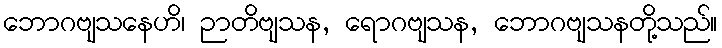
ဘောဂဗျသနေဟိ၊ ဉာတိဗျသန, ရောဂဗျသန, ဘောဂဗျသနတို့သည်။